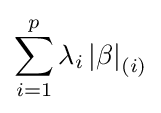
\sum _{i=1}^{p}\lambda _{i}\left|\beta \right|_{(i)}